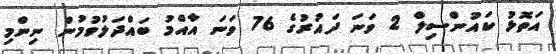
އަތޮޅު ކައުންސިލް 2 ވަނަ ދައުރުގެ 76 ވަނަ އާއްމު ބައްދަލުވުމުން ނިންމި